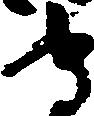
守